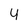
Character: y